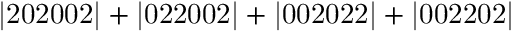
\mathrm { | 2 0 2 0 0 2 | + | 0 2 2 0 0 2 | + | 0 0 2 0 2 2 | + | 0 0 2 2 0 2 | }